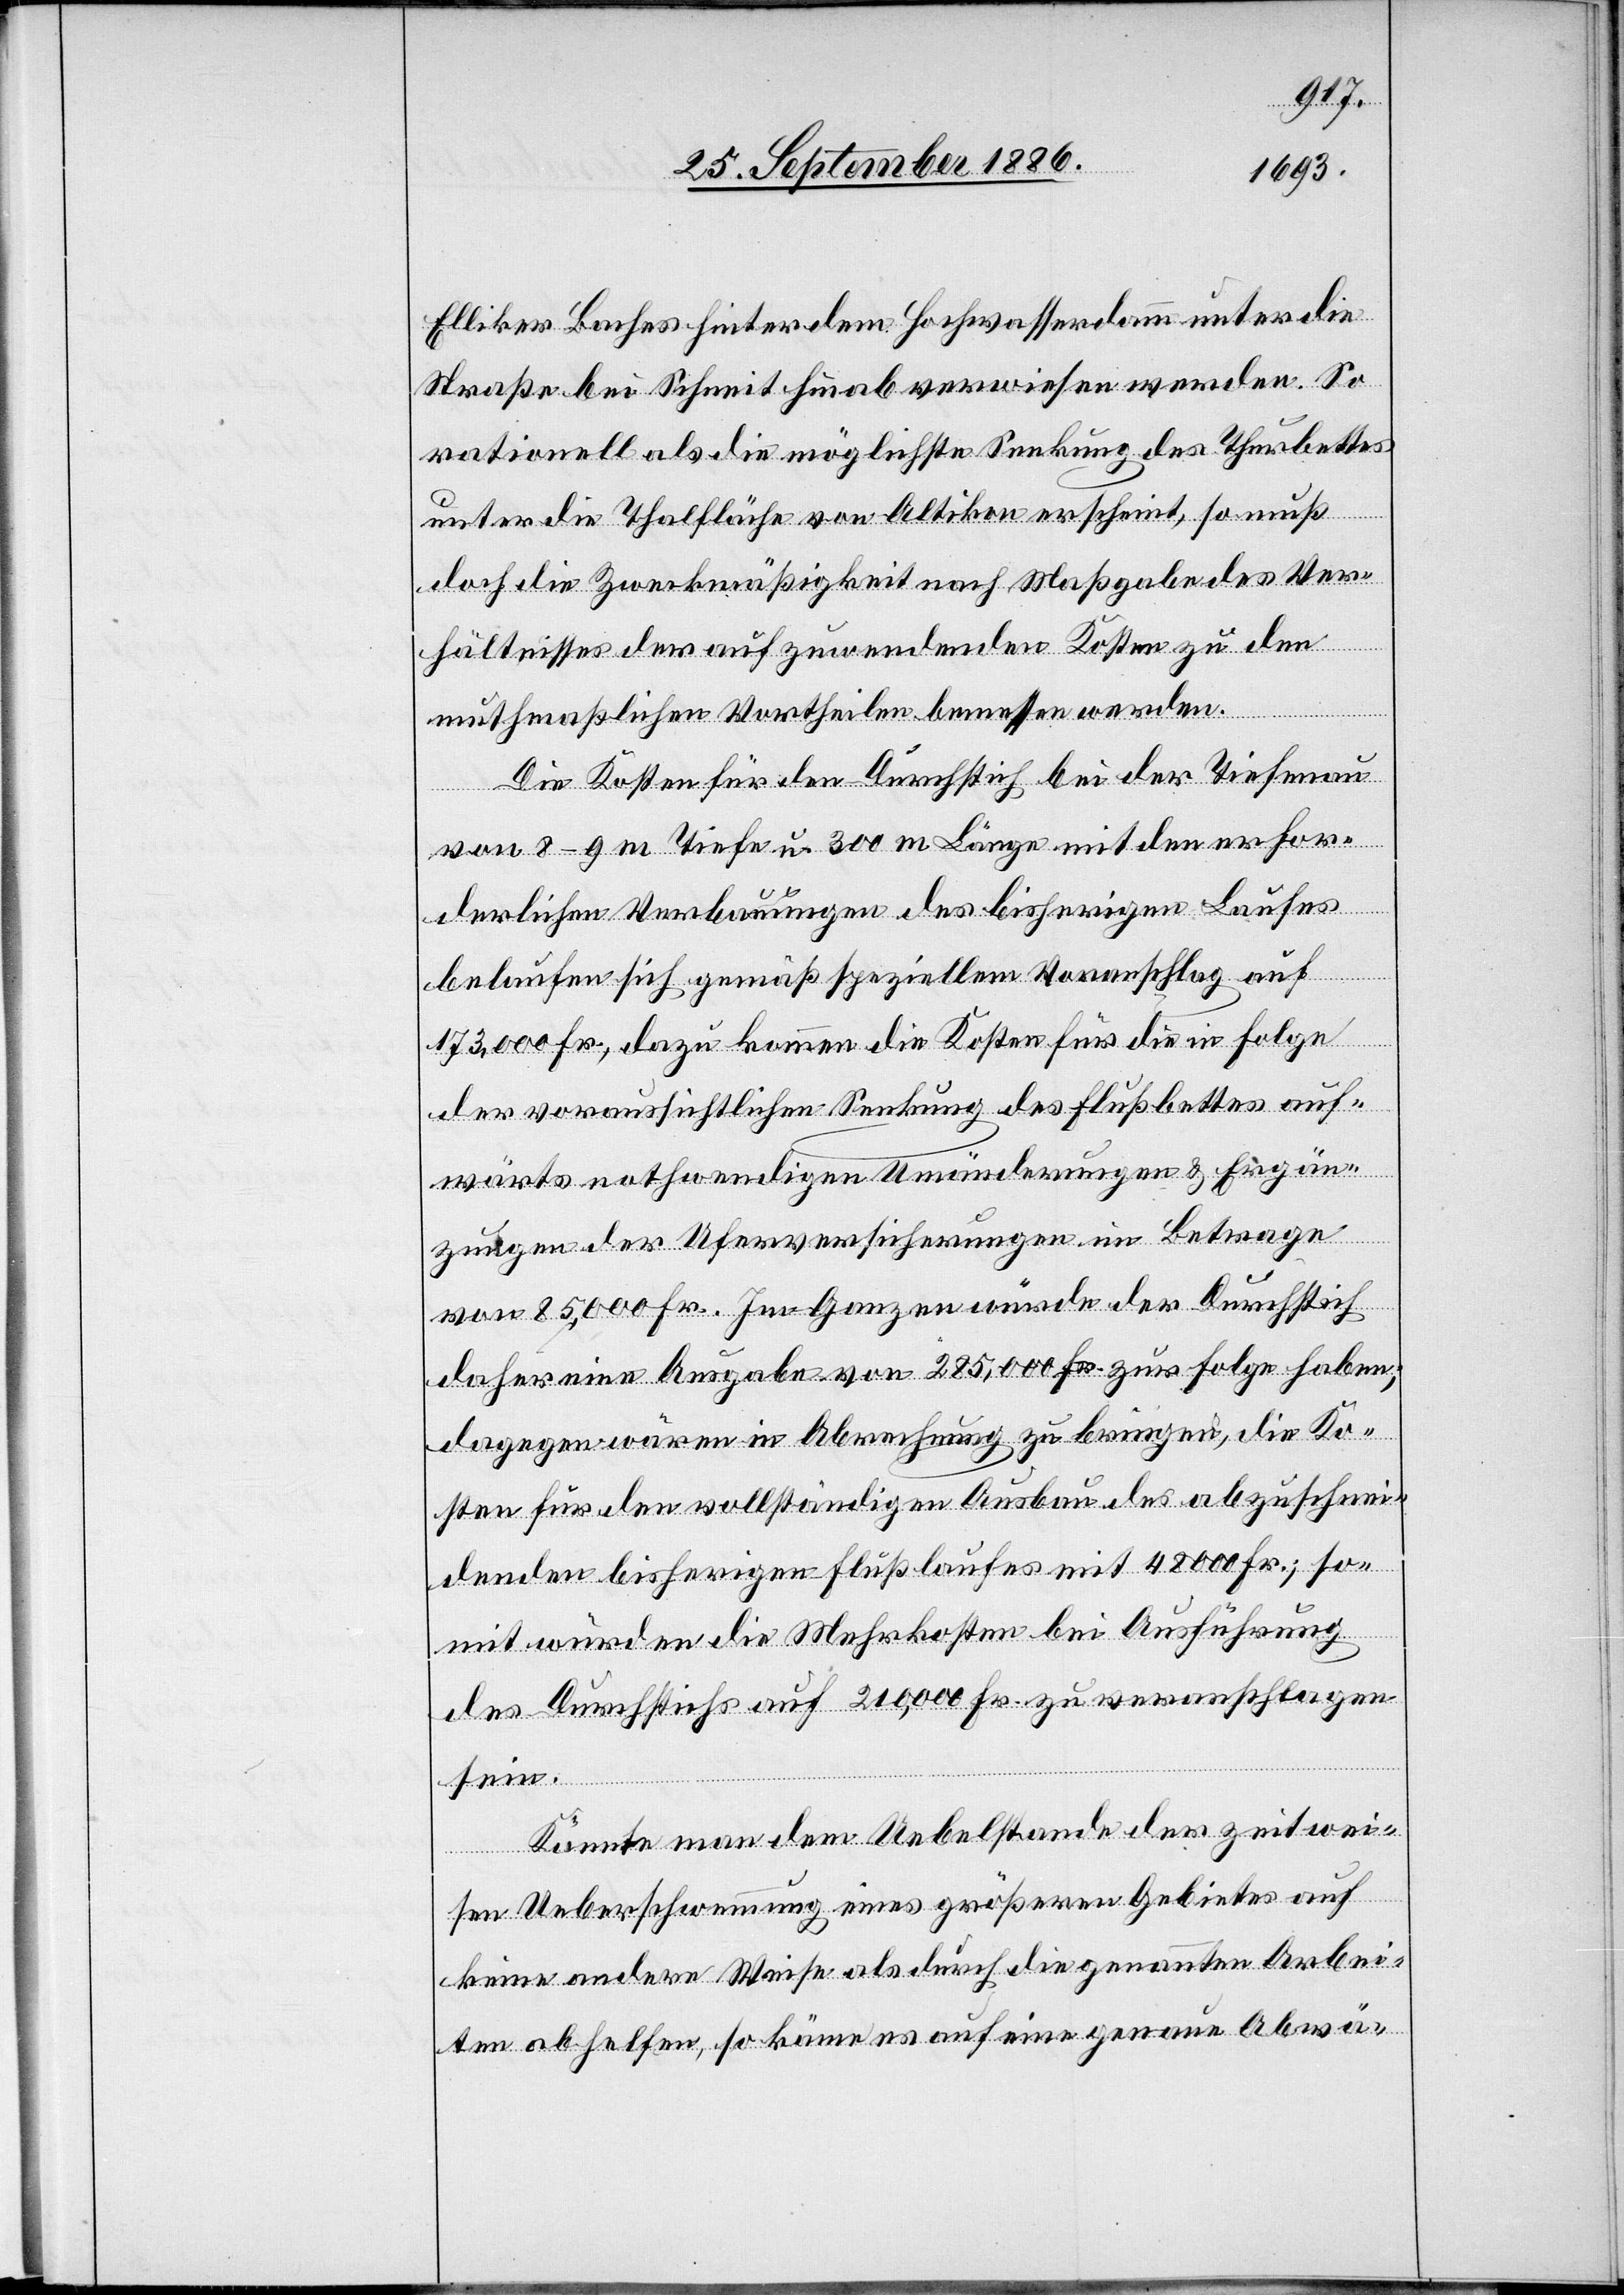
Elliker Baches hinter dem Hochwasserdamm unter die
Straße bei Schneit hinab verwiesen werden. So
rationell als die möglichste Senkung des Thurbettes
unter die Thalfläche von Altikon erscheint, so muß
doch die Zweckmäßigkeit nach Maßgabe des Ver¬
hältnisses der aufzuwendenden Kosten zu den
muthmaßlichen Vortheilen bemessen werden.
Die Kosten für den Durchstich bei der Tiefenau
von 8–9 m Tiefe u. 300 m Länge mit den erfor¬
derlichen Verbauungen des bisherigen Laufes
belaufen sich gemäß speziellem Voranschlag auf
173,000 Fr., dazu kommen die Kosten für die in Folge
der voraussichtlichen Senkung des Flußbettes auf¬
wärts nothwendigen Umänderungen & Ergän¬
zungen der Uferversicherungen im Betrage
von 85,000 Fr. Im Ganzen würde der Durchstich
daher eine Ausgabe von 285,000 Fr. zur Folge haben;
dagegen wären in Abrechnung zu bringen, die Ko¬
sten für den vollständigen Ausbau des abzuschnei¬
denden bisherigen Flußlaufes mit 48 000 Fr.; so¬
mit würden die Mehrkosten bei Ausführung
des Durchstichs auf 210,000 Fr. zu veranschlagen
sein.
Könnte man dem Uebelstande der zeitwei¬
sen Ueberschwemmung eines größeren Gebietes auf
keine andere Weise als durch die genannten Arbei¬
ten abhelfen, so käme es auf eine genaue Abwä-